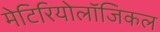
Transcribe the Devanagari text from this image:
मेटिरियोलॉजिकल